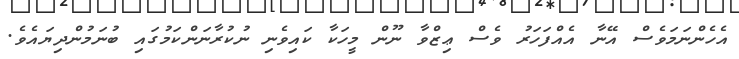
އެހެންނަމަވެސް އޭނާ އެއްފަހަރު ވެސް ޢިޒްވާ ނޫން މީހަކާ ކައިވެނި ނުކުރާނަންކަމުގައި ބުނަމުންދިޔައެވެ.